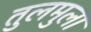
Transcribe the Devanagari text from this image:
तुलमुला